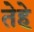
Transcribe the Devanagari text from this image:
तेहे